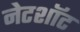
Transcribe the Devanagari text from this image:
नेटशॉट